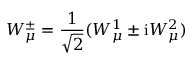
W _ { \mu } ^ { \pm } = \frac { 1 } { \sqrt 2 } ( W _ { \mu } ^ { 1 } \pm \mathrm { i } W _ { \mu } ^ { 2 } )